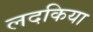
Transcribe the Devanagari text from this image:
लदकिया